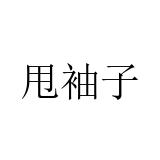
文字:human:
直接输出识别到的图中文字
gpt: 甩袖子